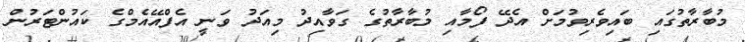
މުބާރާތުގައި ބައިވެރިވުމަށް އެދޭ ފޯމާއި މުބާރާތުގެ ގަވާއިދު މިއަދު ވަނީ އެފްއޭއެމްގެ ކައުންޓަރުން